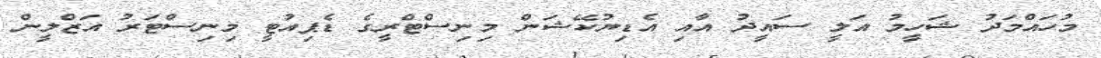
މުހައްމަދު ޝަހީމު އަލީ ސައީދު އާއި އެޑިޔުކޭޝަން މިނިސްޓްރީގެ ޑެޕިއުޓީ މިނިސްޓަރު އަޒްލީން